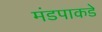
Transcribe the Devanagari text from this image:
मंडपाकडे